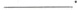
___,